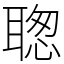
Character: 聦